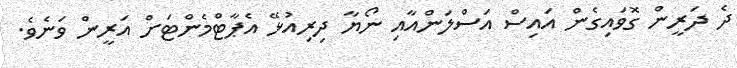
ދެ ދަރީން ގޮވައިގެން އައިސް އަސްލަންއާއި ނޯޔާ ދިރިއުޅޭ އެޕާޓްމެންޓަށް އަރީން ވަނެވެ.